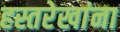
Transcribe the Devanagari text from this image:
हस्तरेखांना